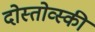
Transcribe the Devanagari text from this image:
दोस्तोव्स्की